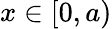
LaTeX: x\in[0,a)